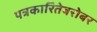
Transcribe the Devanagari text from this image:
पत्रकारितेबरोबर